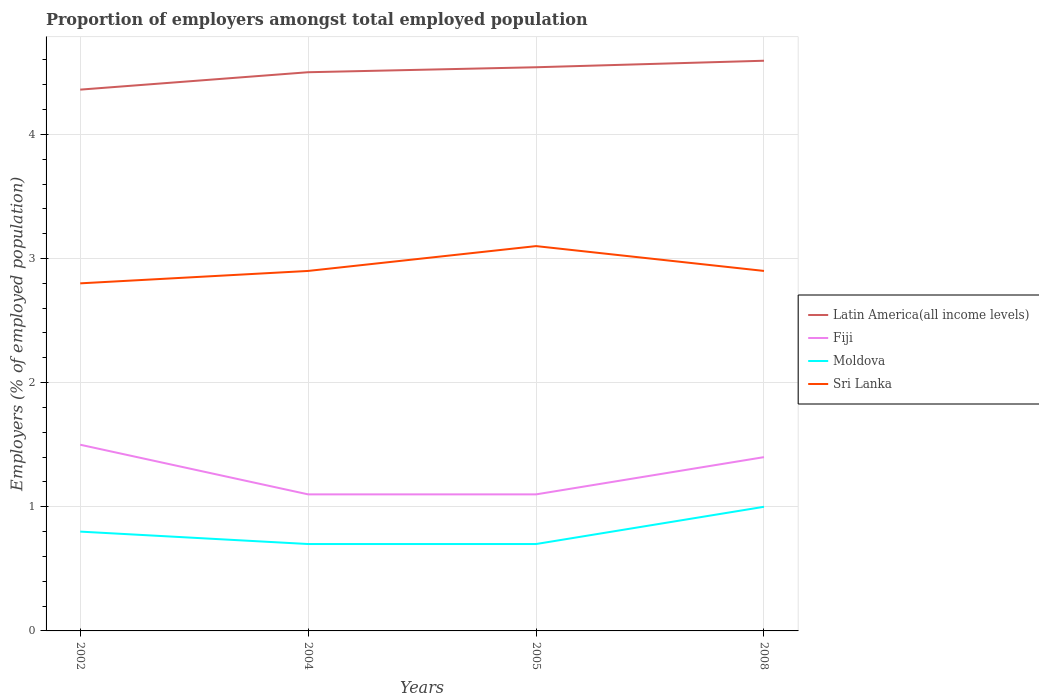
| Years | Latin America(all income levels) | Fiji | Moldova | Sri Lanka |
 | --- | --- | --- | --- | --- |
 | 2002 | 4.36 | 1.5 | 0.8 | 2.8 |
 | 2004 | 4.5 | 1.1 | 0.7 | 2.9 |
 | 2005 | 4.54 | 1.1 | 0.7 | 3.1 |
 | 2008 | 4.59 | 1.4 | 1 | 2.9 |